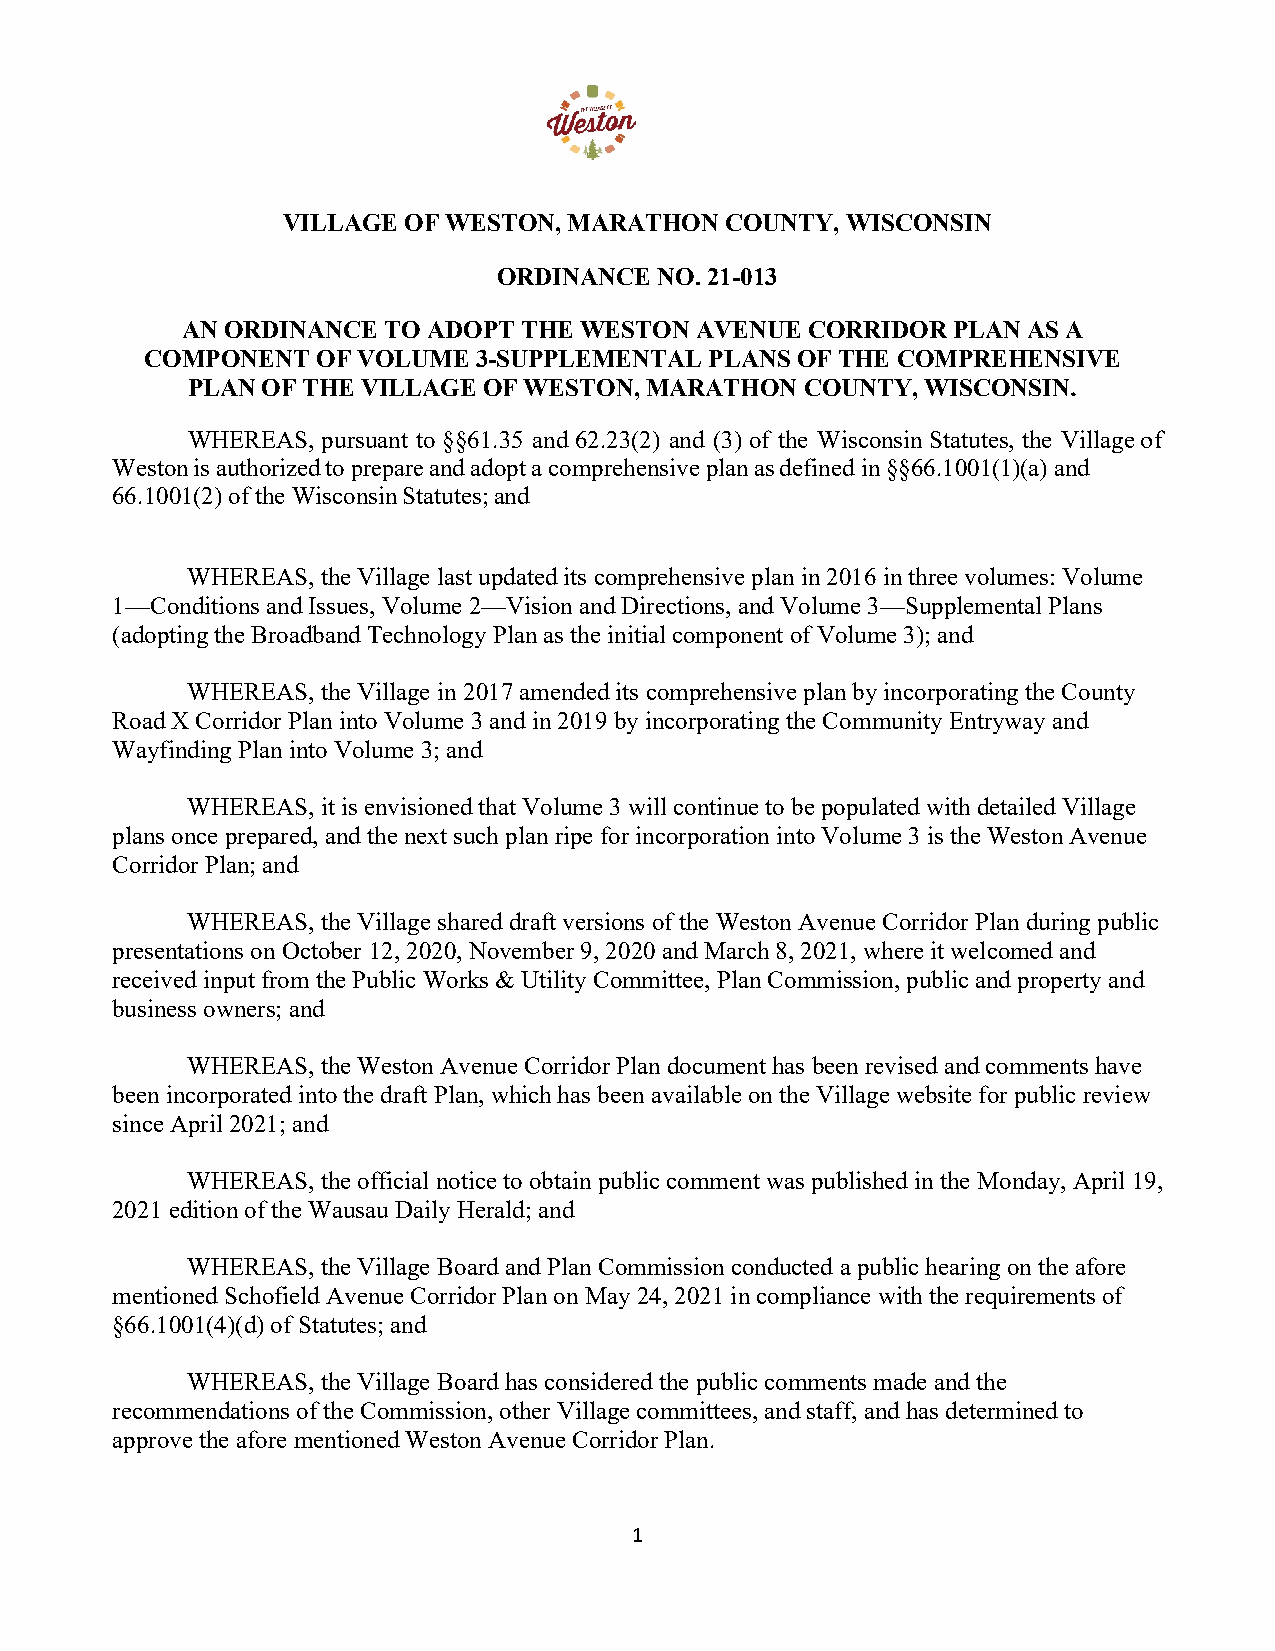
VILLAGE OF WESTON, MARATHON  COUNTY, WISCONSIN
 ORDINANCE NO. 21-013
 AN ORDINANCE TO ADOPT THE WESTON  AVENUE CORRIDOR  PLAN AS A
 COMPONENT  OF VOLUME  3-SUPPLEMENTAL PLANS OF THE COMPREHENSIVE
 PLAN OF THE VILLAGE OF WESTON, MARATHON  COUNTY, WISCONSIN.
 WHEREAS, pursuant to §§61.35 and 62.23(2) and (3) of the Wisconsin Statutes, the Village of
 Weston is authorized to prepare and adopt a comprehensive plan as defined in §§66.1001(1)(a) and
 66.1001(2) of the Wisconsin Statutes; and
 WHEREAS, the Village last updated its comprehensive plan in 2016 in three volumes: Volume
 1—Conditions and Issues, Volume 2—Vision and Directions, and Volume 3—Supplemental Plans
 (adopting the Broadband Technology Plan as the initial component of Volume 3); and
 WHEREAS, the Village in 2017 amended its comprehensive plan by incorporating the County
 Road X Corridor Plan into Volume 3 and in 2019 by incorporating the Community Entryway and
 Wayfinding Plan into Volume 3; and
 WHEREAS, it is envisioned that Volume 3 will continue to be populated with detailed Village
 plans once prepared, and the next such plan ripe for incorporation into Volume 3 is the Weston Avenue
 Corridor Plan; and
 WHEREAS, the Village shared draft versions of the Weston Avenue Corridor Plan during public
 presentations on October 12, 2020, November 9, 2020 and March 8, 2021, where it welcomed and
 received input from the Public Works & Utility Committee, Plan Commission, public and property and
 business owners; and
 WHEREAS, the Weston Avenue Corridor Plan document has been revised and comments have
 been incorporated into the draft Plan, which has been available on the Village website for public review
 since April 2021; and
 WHEREAS, the official notice to obtain public comment was published in the Monday, April 19,
 2021 edition of the Wausau Daily Herald; and
 WHEREAS, the Village Board and Plan Commission conducted a public hearing on the afore
 mentioned Schofield Avenue Corridor Plan on May 24, 2021 in compliance with the requirements of
 §66.1001(4)(d) of Statutes; and
 WHEREAS, the Village Board has considered the public comments made and the
 recommendations of the Commission, other Village committees, and staff, and has determined to
 approve the afore mentioned Weston Avenue Corridor Plan.
 1